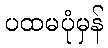
ပထမပုံမှန်